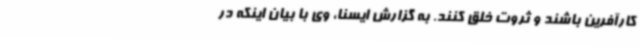
کارآفرین باشند و ثروت خلق کنند. به گزارش ایسنا، وی با بیان اینکه در